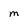
Character: M